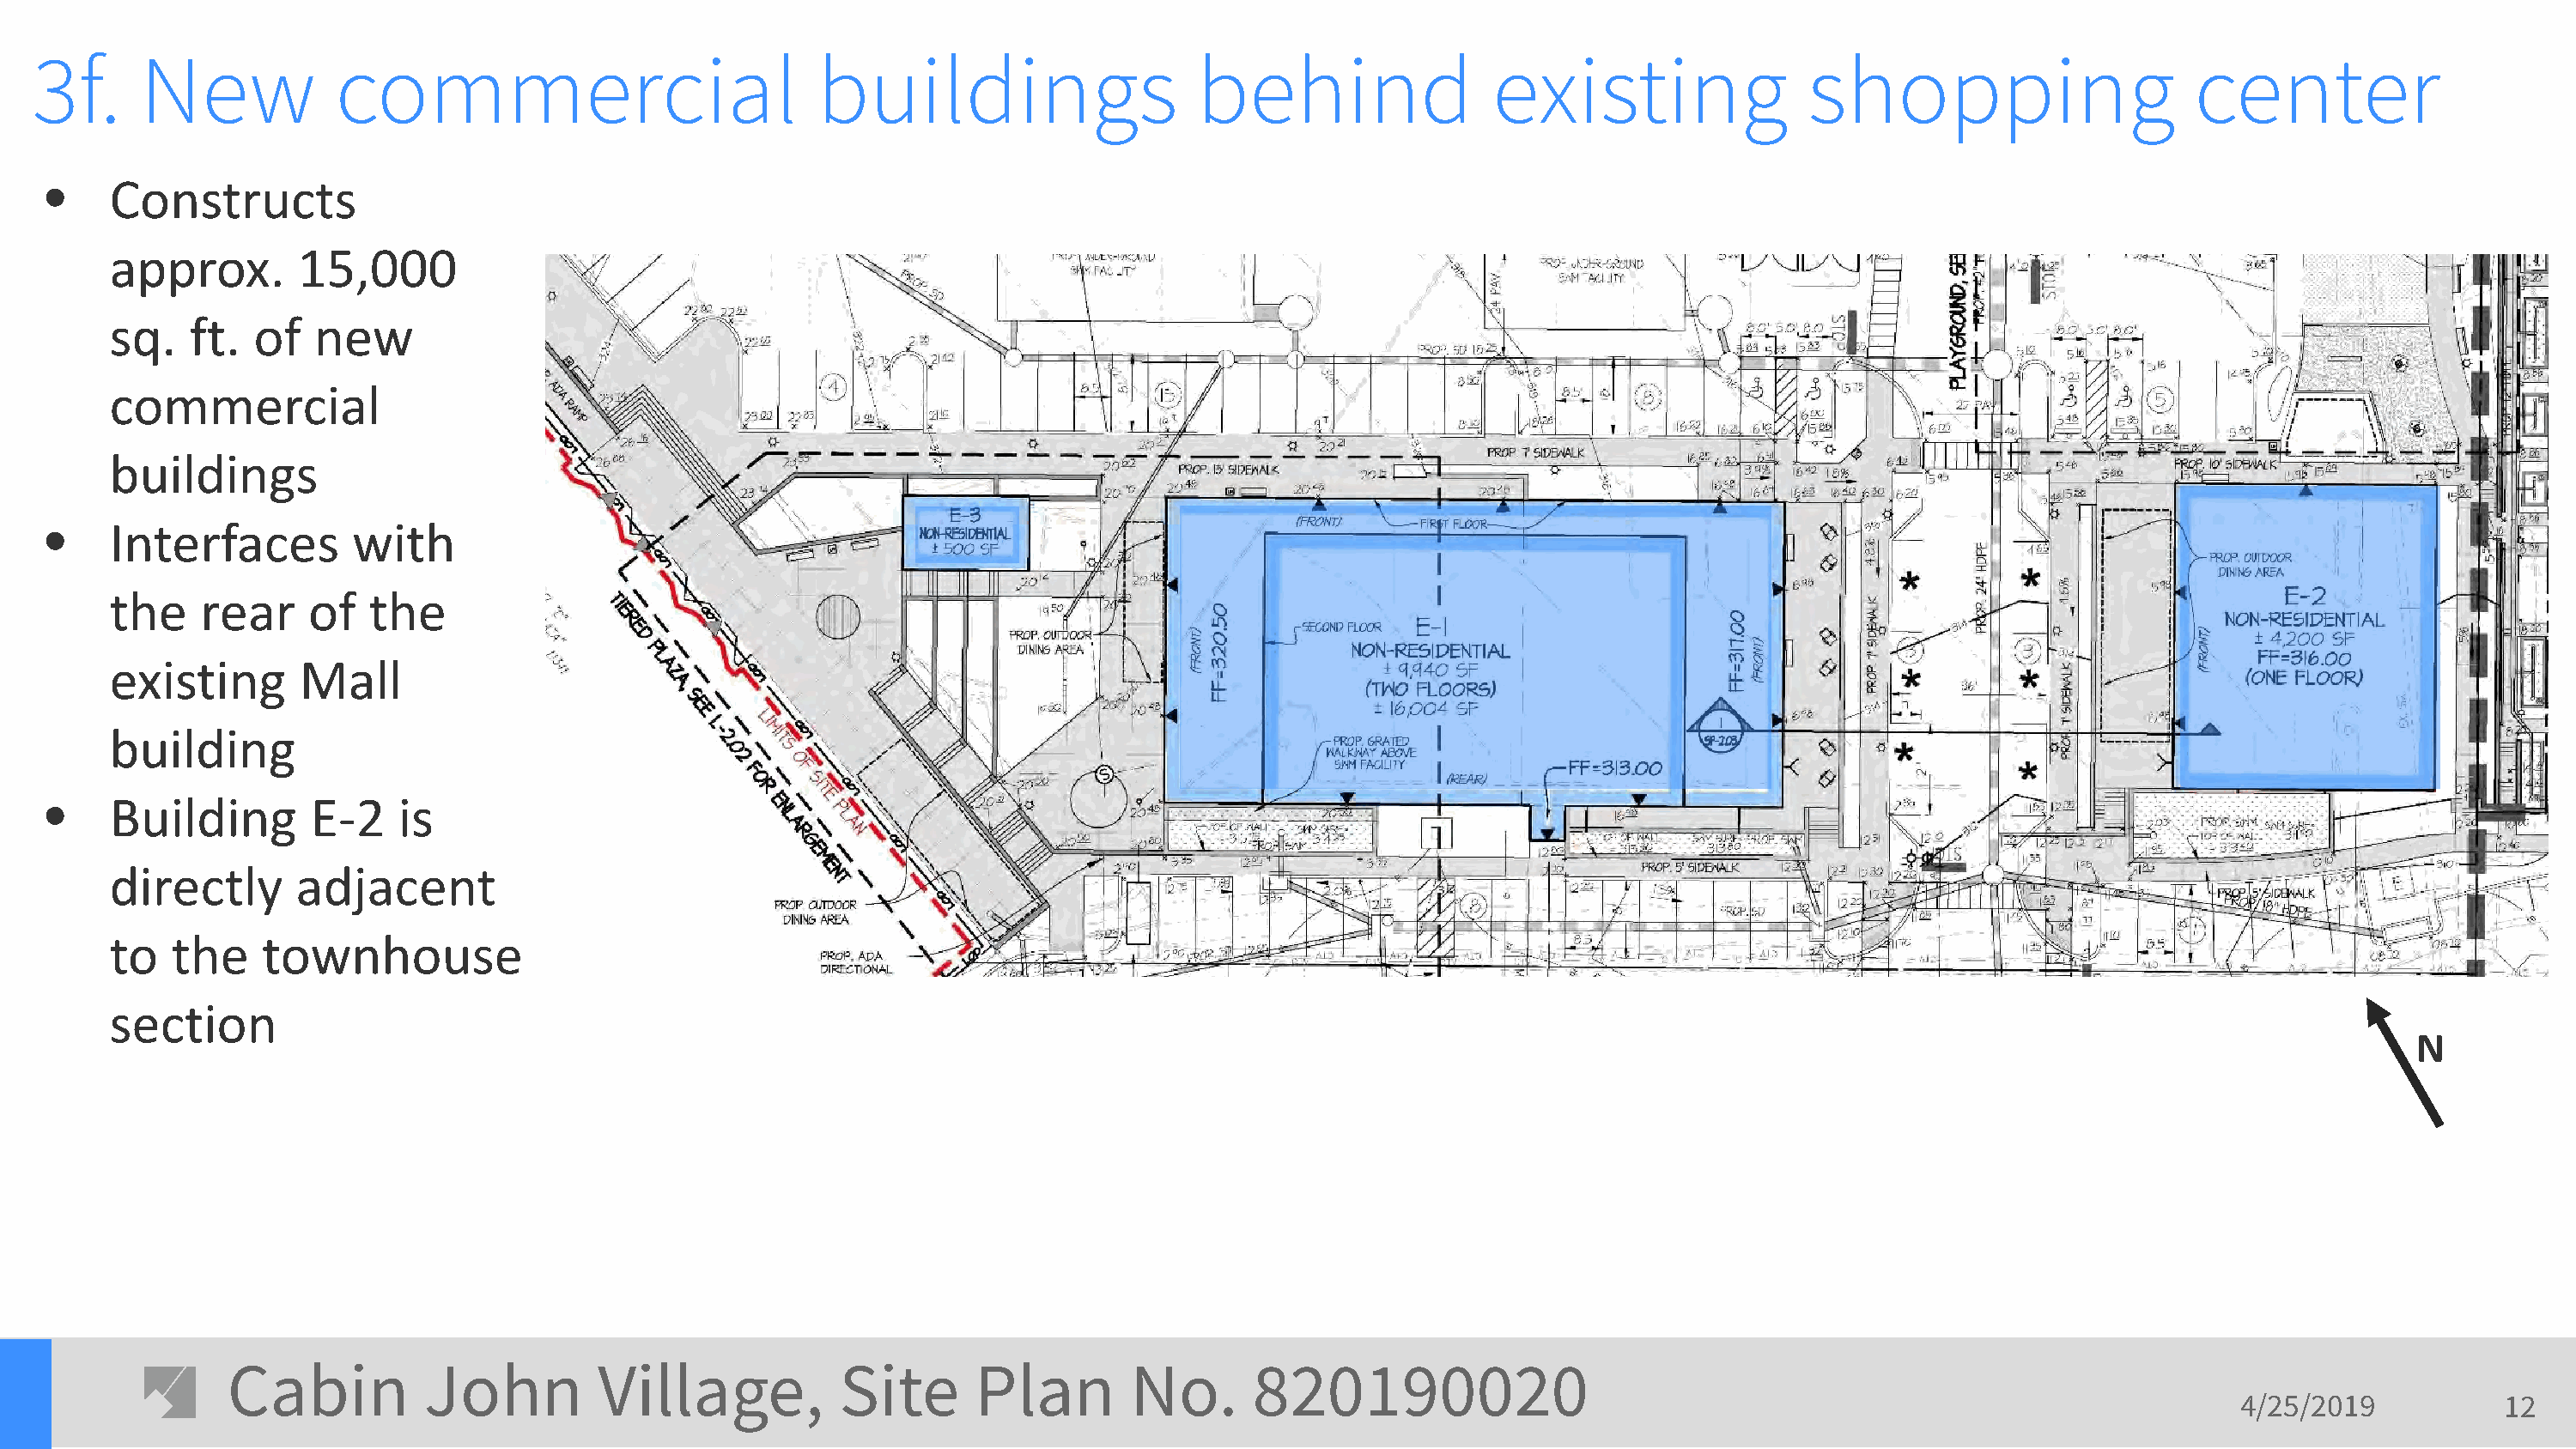
3f.      New            commercial                           buildings                    behind                 existing                shopping                      center
 •    Constructs
 approx.        15,000
 sq.    ft.  of  new
 commercial
 buildings
 •    Interfaces         with
 the    rear     of  the
 existing       Mall
 building
 •    Building        E-2    is
 directly       adjacent
 to   the    townhouse
 section
 N
 Cabin          John         Village,           Site      Plan        No.       820190020
 4/25/2019           12